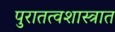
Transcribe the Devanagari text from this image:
पुरातत्वशास्त्रात